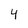
Character: 4